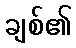
ချစ်၏